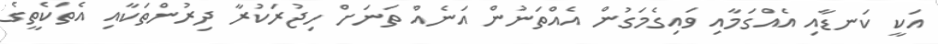
އަކީ ކަނޑާއި އެއްގަމާއި ވައިގެމަގުން އެއްތަނުން އަނެއް ތަނަށް ހިޖުރަކުރާ ދިރުންތަކާއި އެތަކެތީގެ